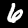
Label: 6